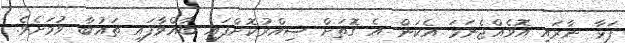
ފަޅާ ނާރައި އޮވެއްޖެނަމަ އެކަން އެ ގޮތަށް ސިއްރުކޮށްފައި ބާއްވާފައި ތައުބާ ވުމަށެވެ.